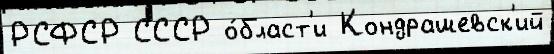
РСФСР СССР о́бласт'и Кондрашевск'ий